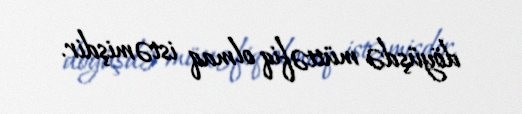
döyüşdə müttəfiq olmaq istəmişdir.